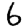
Digit: 6